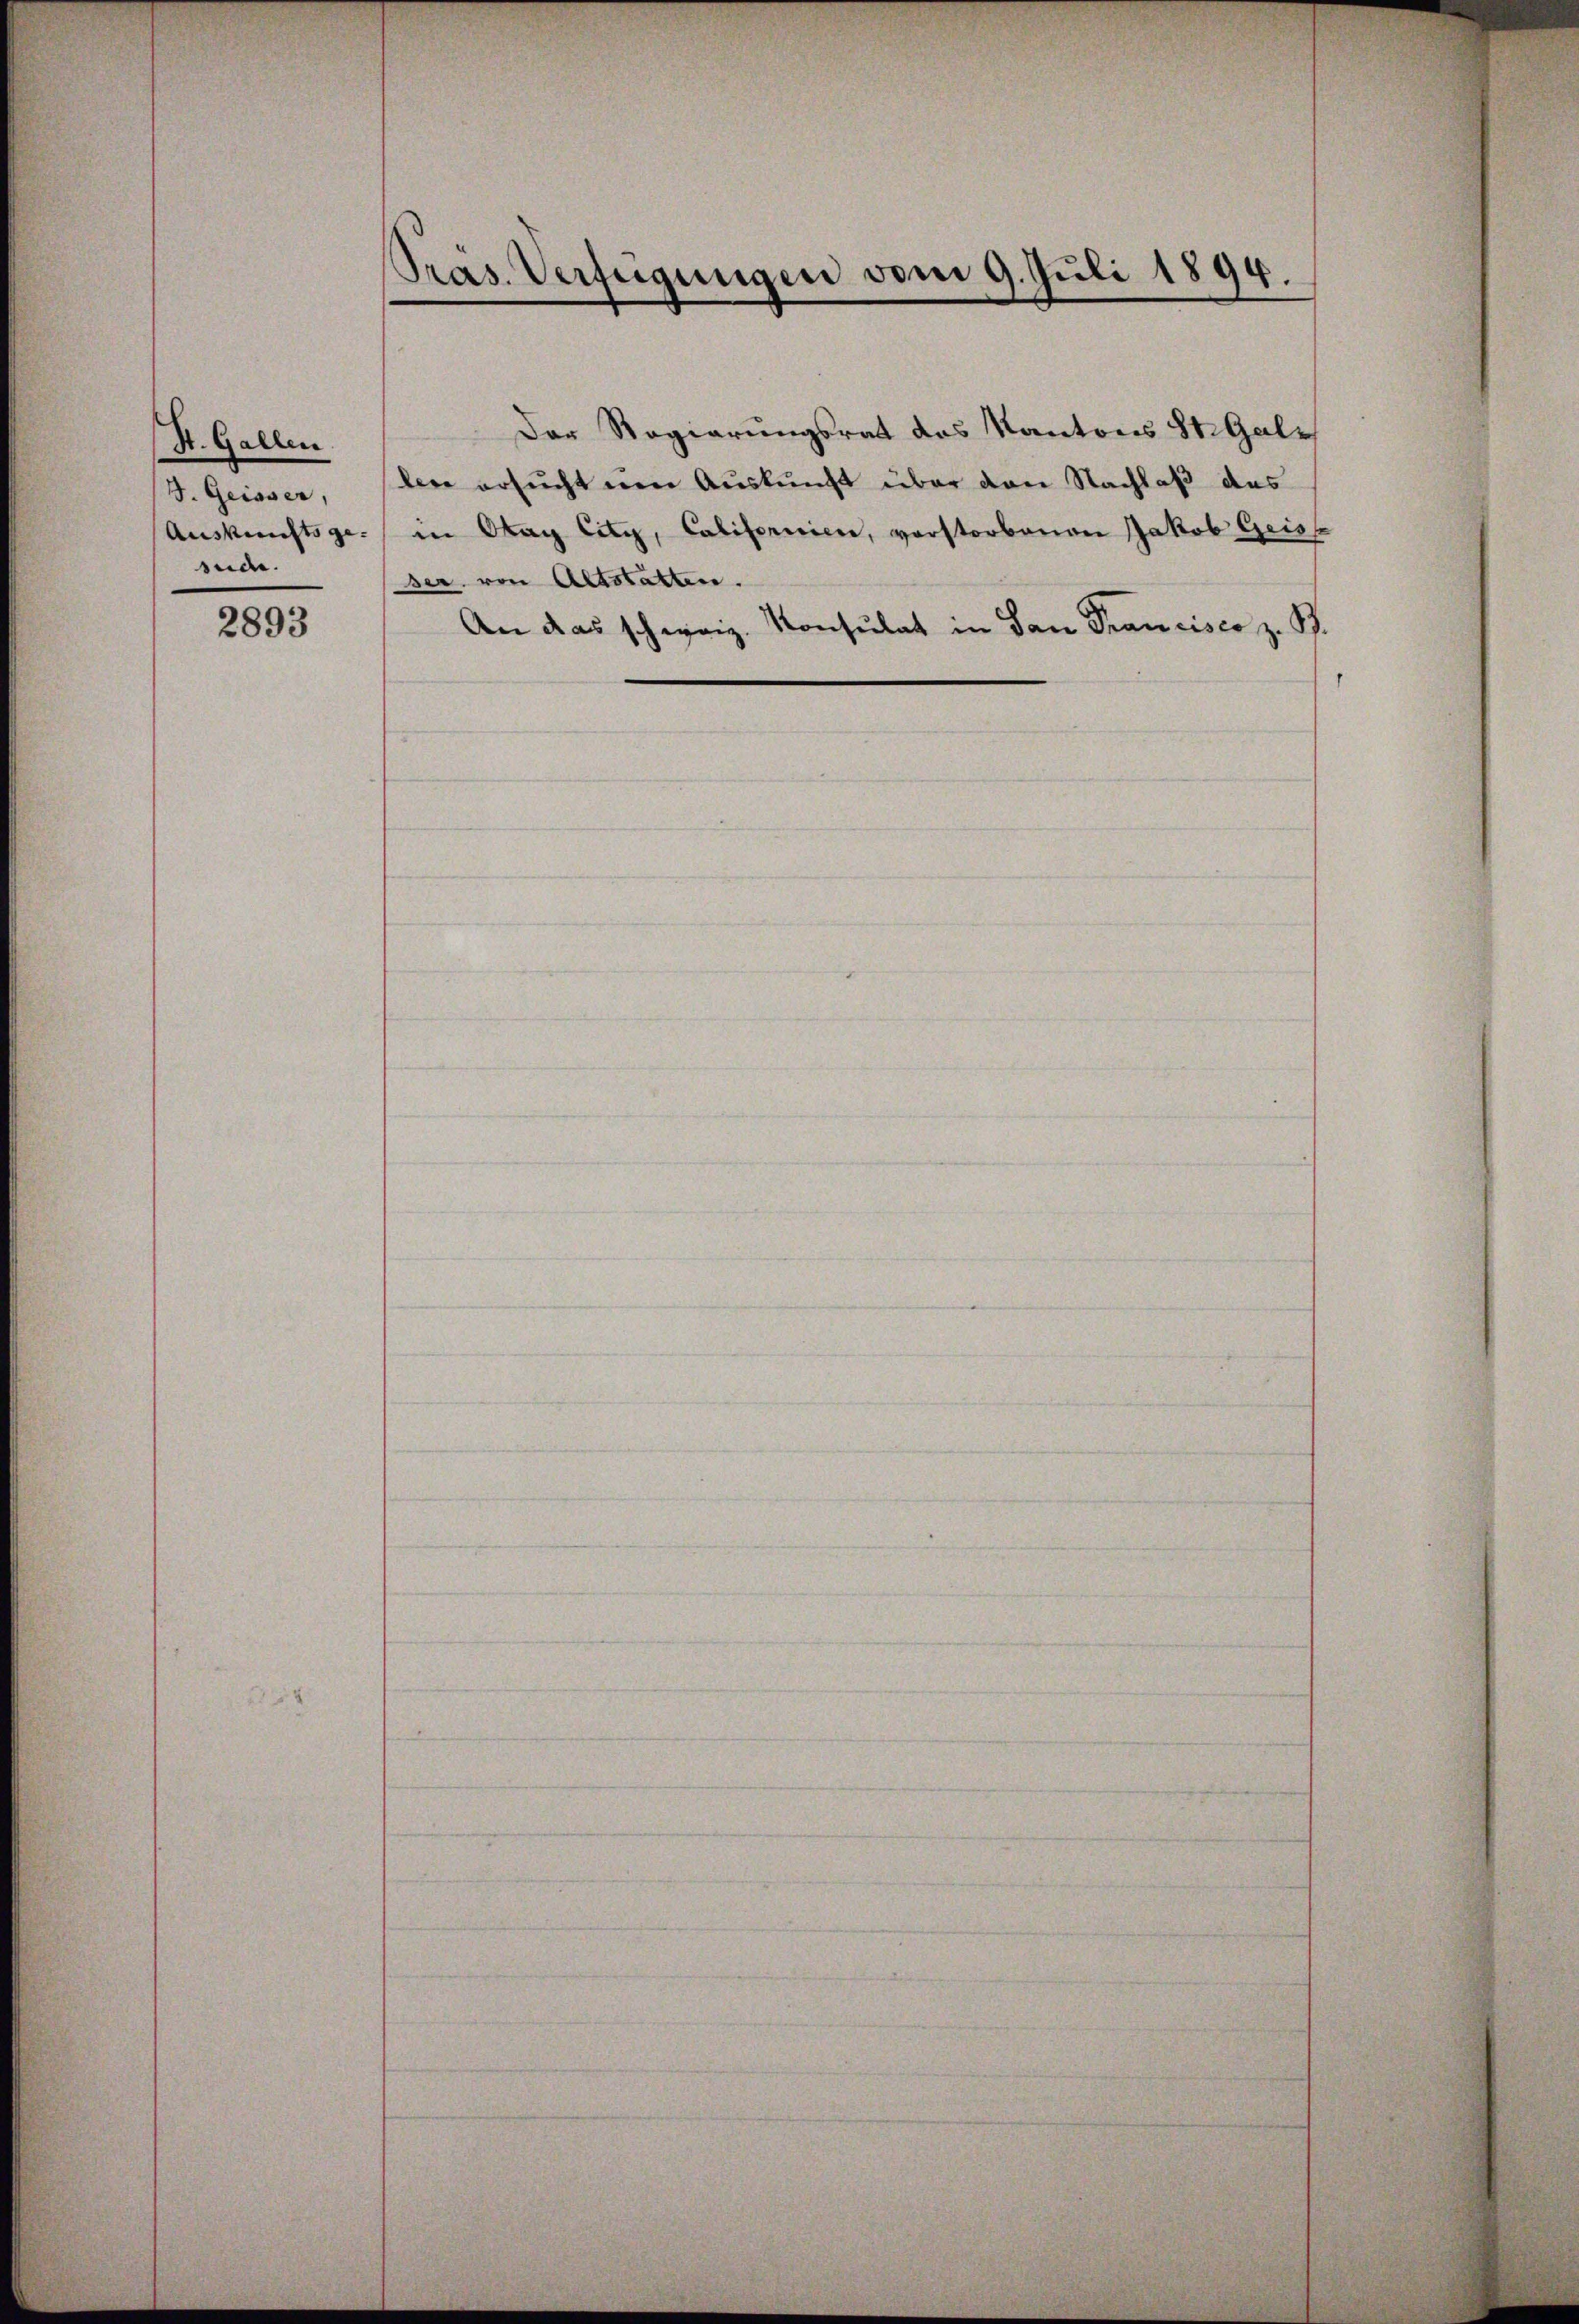
St. Gallen
J. Geisser,
Ausberichts gesude.

2893

Präs. Verfügungen vom 9. Juli 1894.

Der Regierungsrat das Kantons St. Gallere ersucht von Auskunft über den Nachlaß das
in Otag City, Californien, vorstorbenen Jakob Geist
ser von Altstatten.
An das schweiz. Konsulat in San Francisco z. B.
1